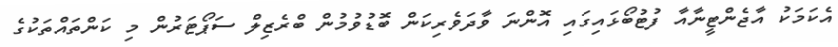
އެކަމަކު އާޖެންޓީނާއާ ފުޓުބޯޅައިގައި އޮންނަ ވާދަވެރިކަން ބޮޑުވުމުން ބްރެޒިލް ސަޕޯޓަރުން މި ކަންތައްތަކުގެ